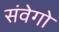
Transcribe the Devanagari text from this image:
संवेगो